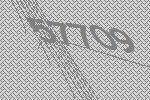
57709